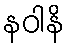
နဝါနိ